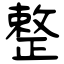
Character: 整